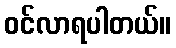
ဝင်လာရပါတယ်။